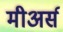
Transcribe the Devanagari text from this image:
मीअर्स